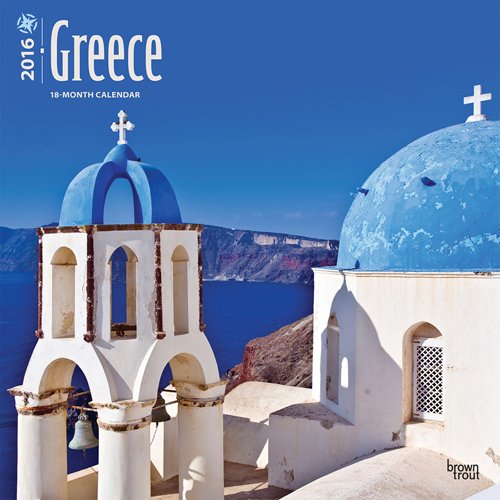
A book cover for Greece 2016 Square 12x12 (Multilingual Edition); Browntrout Publishers; Calendars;